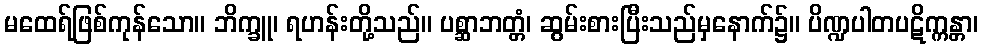
မထေရ်ဖြစ်ကုန်သော။ ဘိက္ခူ၊ ရဟန်းတို့သည်။ ပစ္ဆာဘတ္တံ၊ ဆွမ်းစားပြီးသည်မှနောက်၌။ ပိဏ္ဍပါတပဋိက္ကန္တာ၊